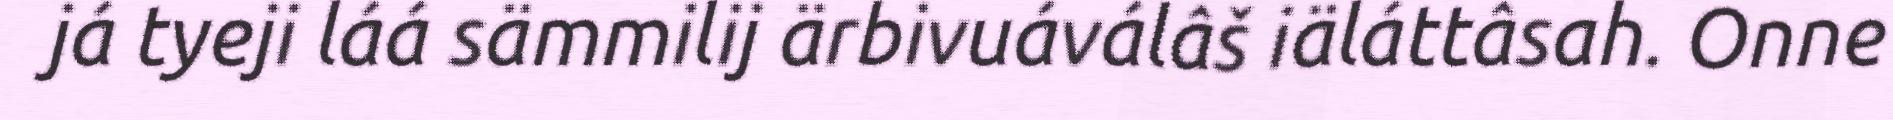
já tyeji láá sämmilij ärbivuáválâš iäláttâsah. Onne